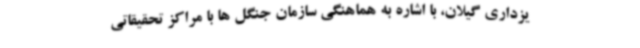
یزداری گیلان، با اشاره به هماهنگی سازمان جنگل ها با مراکز تحقیقاتی